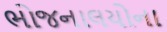
ભોજનાલયોના